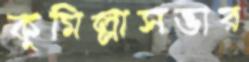
কুমিল্লাসভার